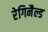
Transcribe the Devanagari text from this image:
रेगिनैल्ड